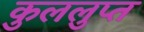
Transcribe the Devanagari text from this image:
कुललुप्त